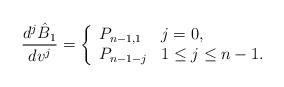
\begin{align*} \frac{d^j\hat{B}_1}{dv^j}=\left\{ \begin{array}{ll} P_{n-1,1} & j=0,\\ P_{n-1-j} & 1\leq j\leq n-1. \end{array}\right.\end{align*}